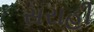
સરાહી